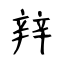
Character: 辡